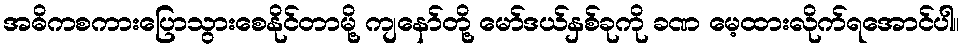
အဓိကစကားပြောသွားစေနိုင်တာမို့ ကျနော်တို့ မော်ဒယ်နှစ်ခုကို ခဏ မေ့ထားလိုက်ရအောင်ပါ။